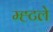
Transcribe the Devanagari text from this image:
म्ह्टले